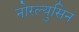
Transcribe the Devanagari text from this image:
नोरल्युसिन